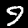
Label: 9